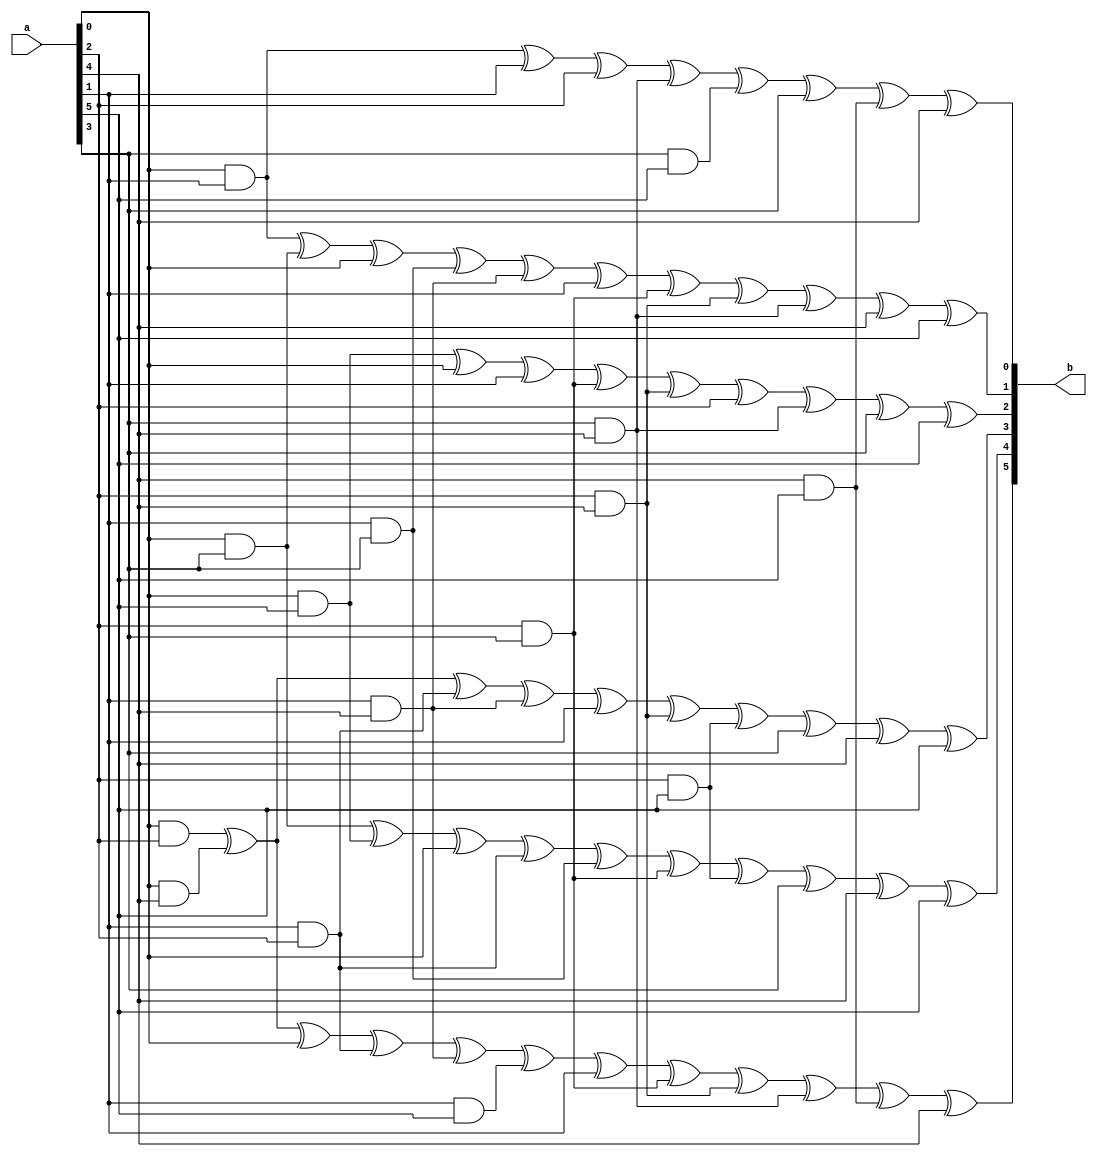
`timescale 1ns/100ps
module SMS_20_ANF(a,b);
	 input [5:0] a;
	 output [5:0] b;
	 assign b[0]=a[0]&a[1] ^ a[1] ^ a[2] ^ a[3]&a[4] ^ a[3]&a[5] ^ a[3] ^ a[4]&a[5] ^ a[4];
	 assign b[1]=a[0]&a[1] ^ a[0]&a[3] ^ a[0] ^ a[1]&a[3] ^ a[1]&a[4] ^ a[1] ^ a[2]&a[3] ^ a[2]&a[4] ^ a[3]&a[4] ^ a[4] ^ a[5];
	 assign b[2]=a[0]&a[5] ^ a[0] ^ a[1] ^ a[2]&a[3] ^ a[2]&a[4] ^ a[2] ^ a[3]&a[4] ^ a[3] ^ a[5];
	 assign b[3]=a[0]&a[2] ^ a[0]&a[4] ^ a[1]&a[2] ^ a[1]&a[4] ^ a[1] ^ a[2]&a[4] ^ a[2]&a[5] ^ a[3] ^ a[4] ^ a[5];
	 assign b[4]=a[0]&a[3] ^ a[0]&a[5] ^ a[0] ^ a[1]&a[2] ^ a[1]&a[3] ^ a[2]&a[3] ^ a[2]&a[5] ^ a[3] ^ a[4] ^ a[5];
	 assign b[5]=a[0]&a[2] ^ a[0]&a[4] ^ a[0] ^ a[1]&a[2] ^ a[1]&a[4] ^ a[1]&a[5] ^ a[1] ^ a[2]&a[3] ^ a[2]&a[4] ^ a[3]&a[4] ^ a[4]&a[5] ^ a[4];
endmodule